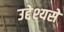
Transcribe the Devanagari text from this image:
उद्देश्यसे